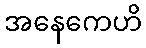
အနေကေဟိ